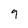
Character: g